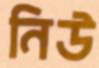
নিউ